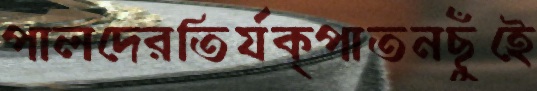
পালদেরতির্যক্‌পাতনছুঁইে